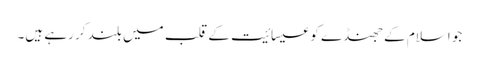
جو اسلام کے جھنڈے کو عیسائیت کے قلب میں بلند کر رہے ہیں۔